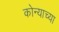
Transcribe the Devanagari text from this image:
कोन्याच्या